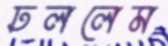
ঢললেম